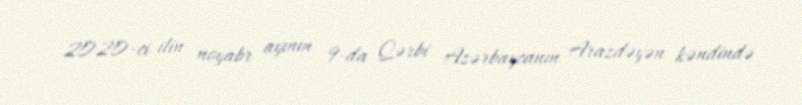
2020-ci ilin noyabr ayının 9-da Qərbi Azərbaycanın Arazdəyən kəndində